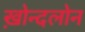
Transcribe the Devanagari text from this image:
ख़ोन्दलोन